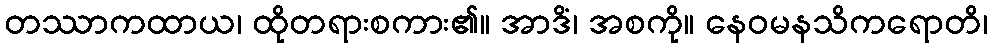
တဿာကထာယ၊ ထိုတရားစကား၏။ အာဒိံ၊ အစကို။ နေဝမနသိကရောတိ၊